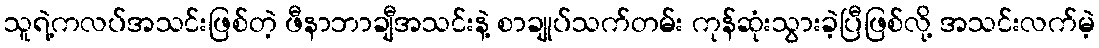
သူရဲ့ကလပ်အသင်းဖြစ်တဲ့ ဖီနာဘာချီအသင်းနဲ့ စာချုပ်သက်တမ်း ကုန်ဆုံးသွားခဲ့ပြီဖြစ်လို့ အသင်းလက်မဲ့